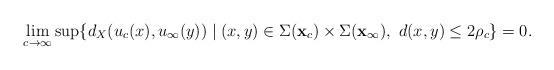
LaTeX: \begin{align*}\lim_{c\to\infty} \sup \{d_X(u_c(x),u_{\infty}(y)) \mid (x,y) \in \Sigma({\bf x}_c) \times \Sigma({\bf x}_{\infty}),\,\,d(x,y) \le 2\rho_c\} = 0.\end{align*}